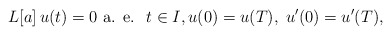
\begin{align*} L[a]\,u(t)=0\mbox{ a. e. }\; t\in I,u(0)=u(T),\; u'(0)=u'(T),\end{align*}